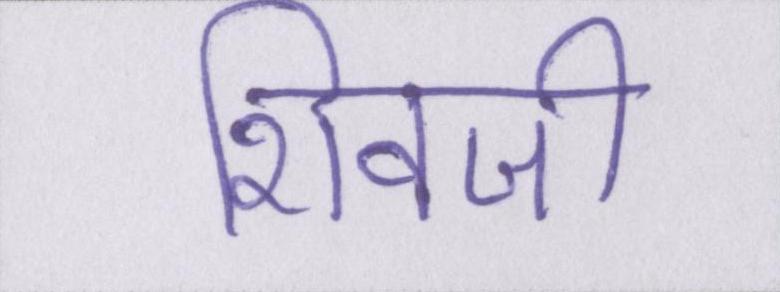
शिवजी